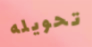
تحويله